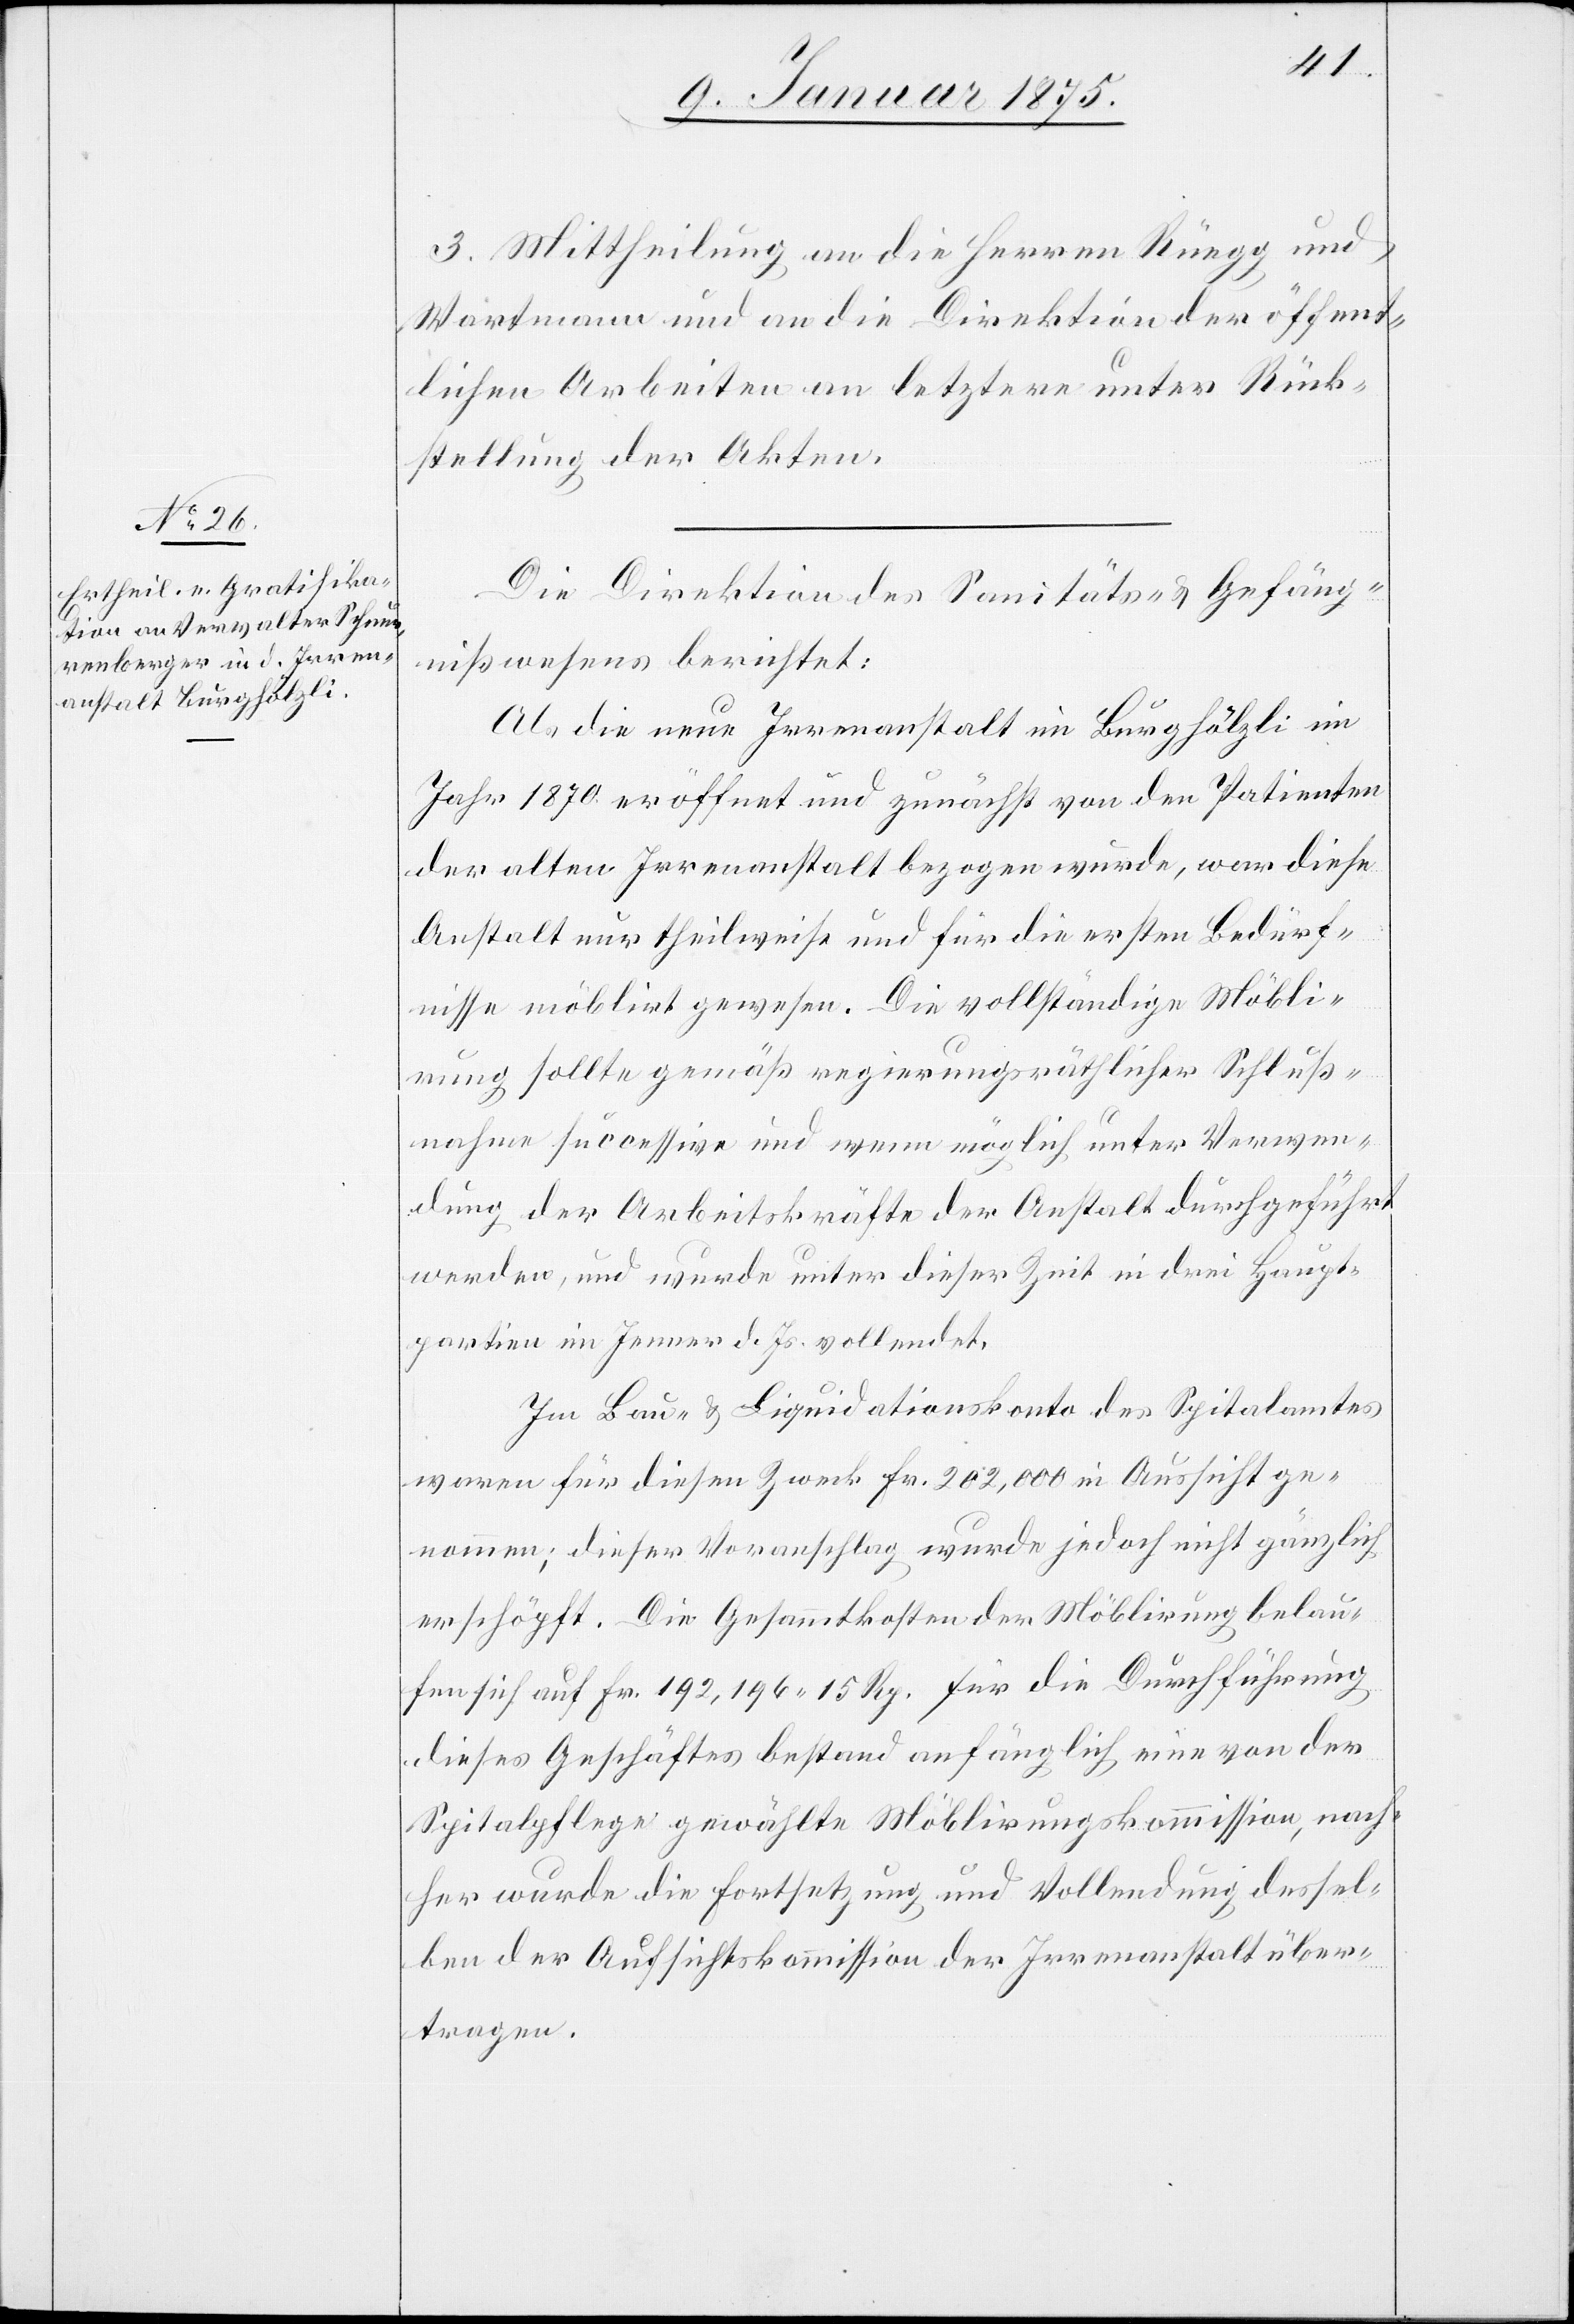
3. Mittheilung an die Herren Rüegg und
Wartmann und an die Direktion der öffent¬
lichen Arbeiten an letztere unter Rück¬
stellung der Akten.
Die Direktion des Sanitäts- & Gefäng¬
nißwesen berichtet:
Als die neue Irrenanstalt im Burghölzli im
Jahr 1870 eröffnet und zunächst von den Patienten
der alten Irrenanstalt bezogen wurde, war diese
Anstalt nur theilweise und für die ersten Bedürf¬
nisse möblirt gewesen. Die vollständige Möbli¬
rung sollte gemäß regierungsräthlicher Schluß¬
nahme successive und wenn möglich unter Verwen¬
dung der Arbeitskräfte der Anstalt durchgeführt
werden, und wurde unter dieser Zeit in drei Haupt¬
partien im Jenner d. Js. vollendet.
Im Bau- & Liquidationskonto des Spitalamtes
waren für diesen Zweck Fr. 202,000 in Aussicht ge¬
nommen; dieser Voranschlag wurde jedoch nicht gänzlich
erschöpft. Die Gesammtkosten der Möblirung belau¬
fen sich auf Fr. 192,196. 15 Rp. für die Durchführung
dieses Geschäftes bestand anfänglich eine von der
Spitalpflege gewählte Möblirungskommission, nach¬
her wurde die Fortsetzung und Vollendung dessel¬
ben der Aufsichtskommission der Irrenanstalt über¬
tragen.